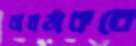
বালঠাকরে